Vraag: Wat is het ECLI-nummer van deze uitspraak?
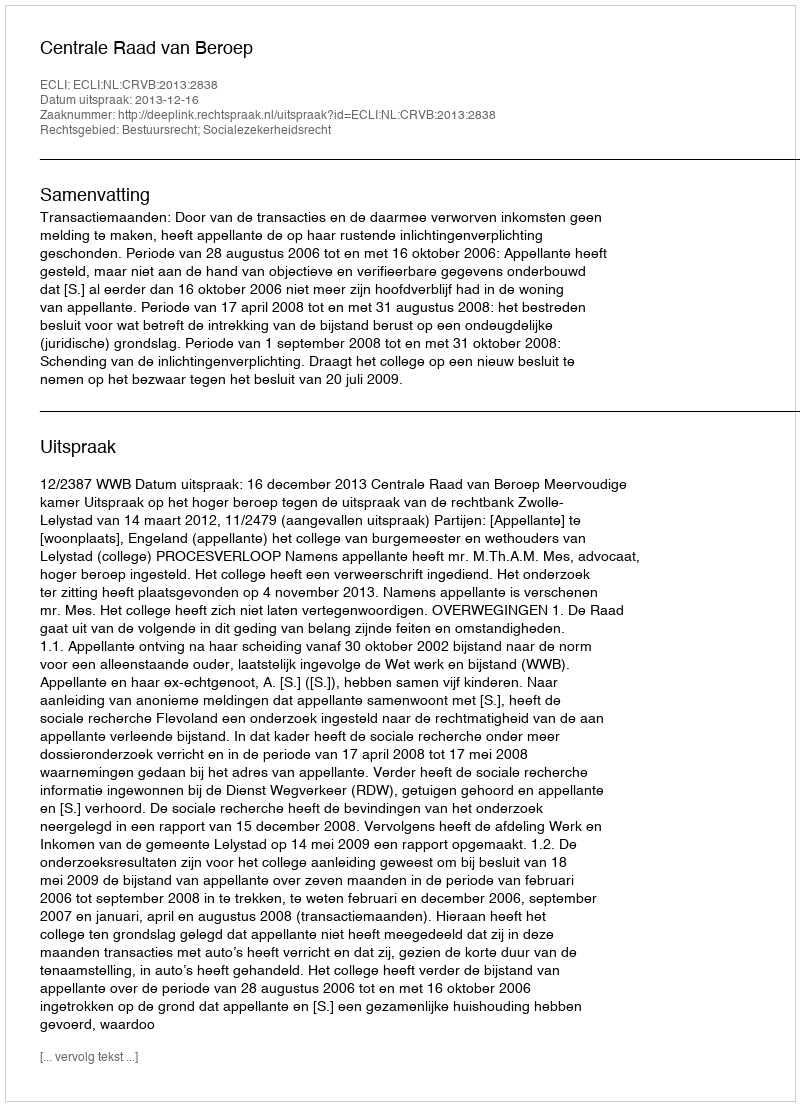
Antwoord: ECLI:NL:CRVB:2013:2838